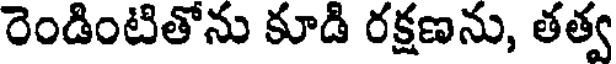
రెండింటితోను కూడి రక్షణను, తత్వ